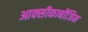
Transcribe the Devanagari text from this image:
आक्‍सीकार्बोजिम